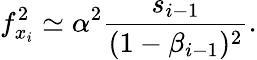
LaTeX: f_{x_{i}}^{2}\simeq\alpha^{2}\frac{s_{i-1}}{(1-\beta_{i-1})^{2}}.